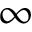
\infty